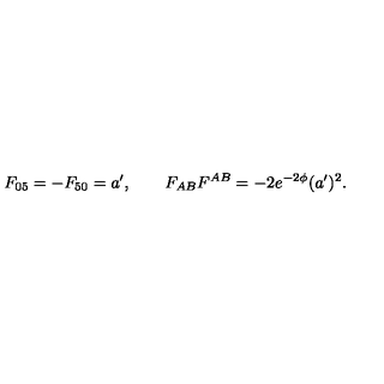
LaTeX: F _ { 0 5 } = - F _ { 5 0 } = a ^ { \prime } , \qquad F _ { A B } F ^ { A B } = - 2 e ^ { - 2 \phi } ( a ^ { \prime } ) ^ { 2 } .